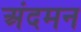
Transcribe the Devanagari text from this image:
अंदमन